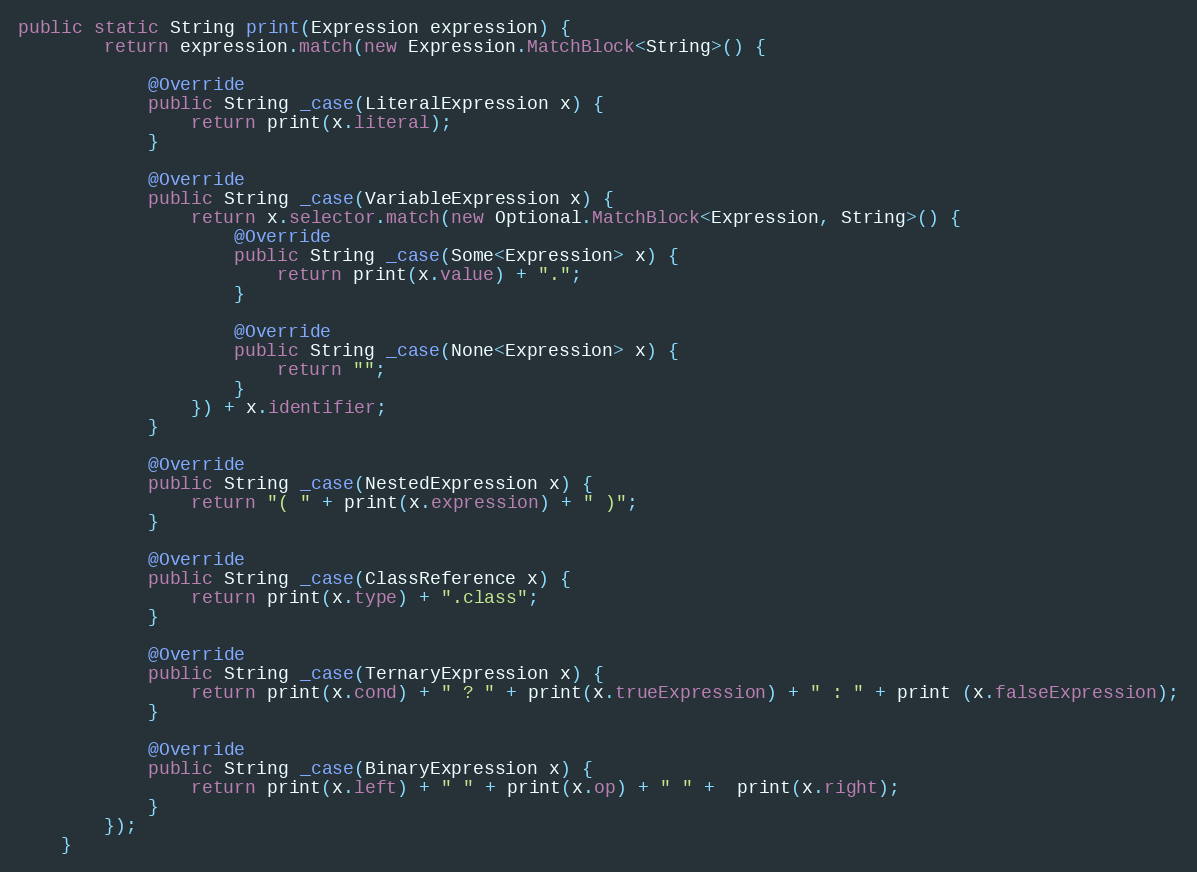
Language: Java
public static String print(Expression expression) {
        return expression.match(new Expression.MatchBlock<String>() {

            @Override
            public String _case(LiteralExpression x) {
                return print(x.literal);
            }

            @Override
            public String _case(VariableExpression x) {
                return x.selector.match(new Optional.MatchBlock<Expression, String>() {
                    @Override
                    public String _case(Some<Expression> x) {
                        return print(x.value) + ".";
                    }

                    @Override
                    public String _case(None<Expression> x) {
                        return "";
                    }
                }) + x.identifier;
            }

            @Override
            public String _case(NestedExpression x) {
                return "( " + print(x.expression) + " )";
            }

            @Override
            public String _case(ClassReference x) {
                return print(x.type) + ".class";
            }

            @Override
            public String _case(TernaryExpression x) {
                return print(x.cond) + " ? " + print(x.trueExpression) + " : " + print (x.falseExpression);
            }

            @Override
            public String _case(BinaryExpression x) {
                return print(x.left) + " " + print(x.op) + " " +  print(x.right);
            }
        });
    }